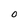
Character: 0